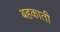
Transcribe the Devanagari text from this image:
बहकाती